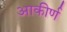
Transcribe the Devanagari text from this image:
आकीर्ण